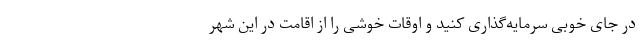
در جای خوبی سرمایه­‌گذاری کنید و اوقات خوشی را از اقامت در این شهر